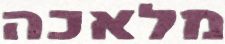
מלאכה